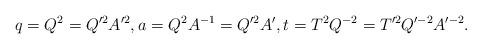
LaTeX: \begin{align*} q = Q^2 = Q'^2 A'^2, a=Q^2 A^{-1}=Q'^2 A', t=T^2Q^{-2}=T'^2 Q'^{-2} A'^{-2}.\end{align*}